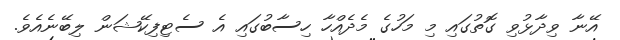
އޭނާ ވިދާޅުވި ގޮތުގައި މި މަހުގެ މެދެއްހާ ހިސާބުގައި އެ ސެޓިފިކޭޝަން ލިބޭނެއެވެ.